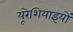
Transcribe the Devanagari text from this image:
यूरेशियाइयों